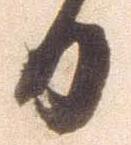
日